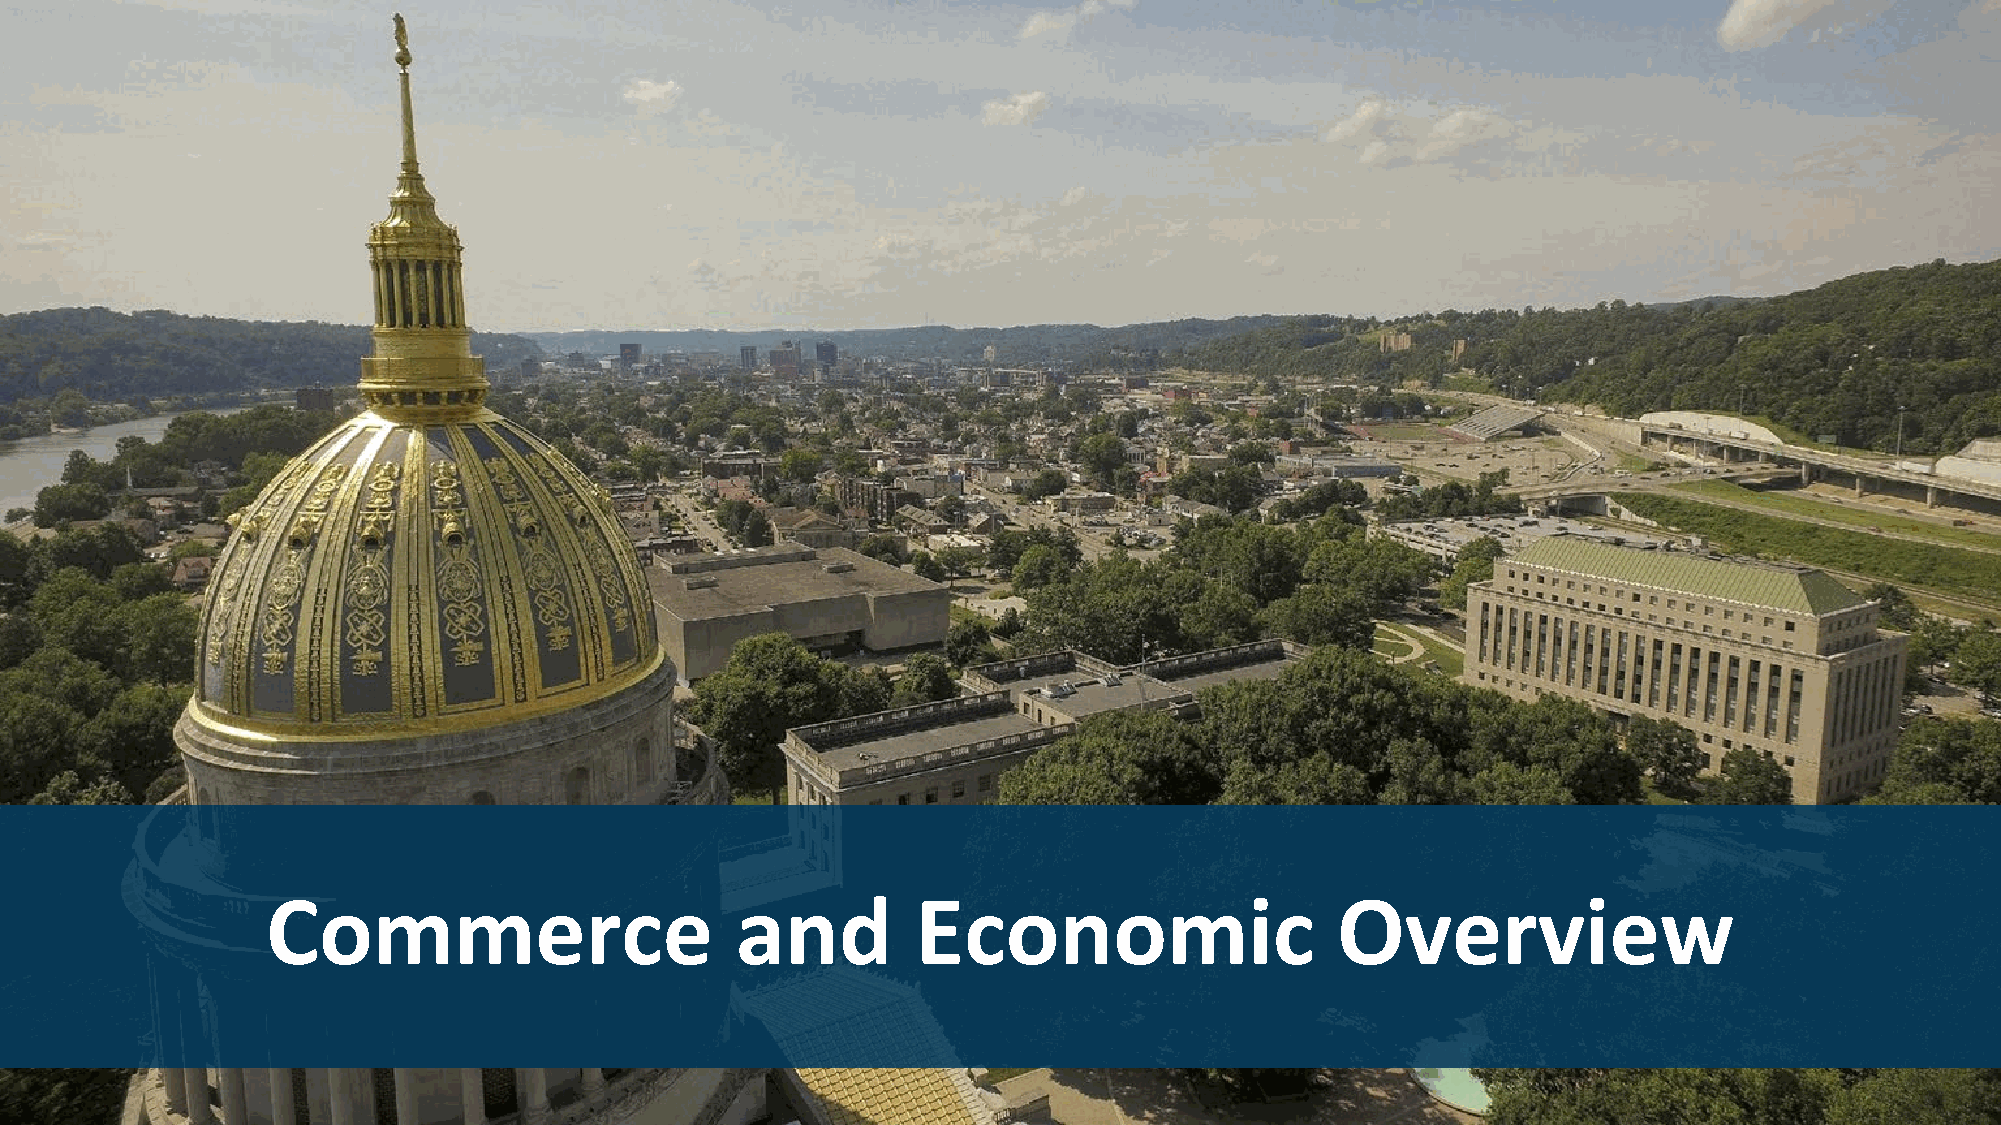
Commerce                       and         Economic                   Overview